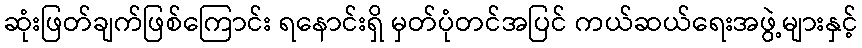
ဆုံးဖြတ်ချက်ဖြစ်ကြောင်း ရနောင်းရှိ မှတ်ပုံတင်အပြင် ကယ်ဆယ်ရေးအဖွဲ့များနှင့်